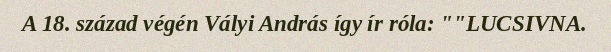
A 18. század végén Vályi András így ír róla: ""LUCSIVNA.